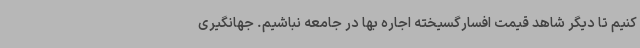
کنیم تا دیگر شاهد قیمت افسارگسیخته اجاره بها در جامعه نباشیم. جهانگیری